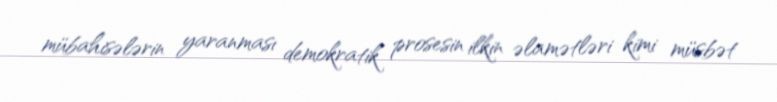
mübahisələrin yaranması demokratik prosesin ilkin əlamətləri kimi müsbət